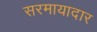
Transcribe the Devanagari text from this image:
सरमायादार